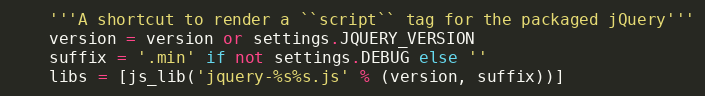
Language: Python
    '''A shortcut to render a ``script`` tag for the packaged jQuery'''
    version = version or settings.JQUERY_VERSION
    suffix = '.min' if not settings.DEBUG else ''
    libs = [js_lib('jquery-%s%s.js' % (version, suffix))]